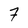
Character: 7